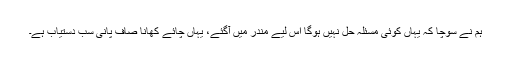
ہم نے سوچا کہ یہاں کوئی مسئلہ حل نہیں ہوگا اس لیے مندر میں آگئے، یہاں چائے کھانا صاف پانی سب دستیاب ہے۔